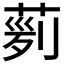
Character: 𦴟